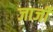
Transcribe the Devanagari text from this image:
जार्जी